Code of medical and sanitary regulations for the guidance of medical officers serving in the Madras Presidency - Volume I
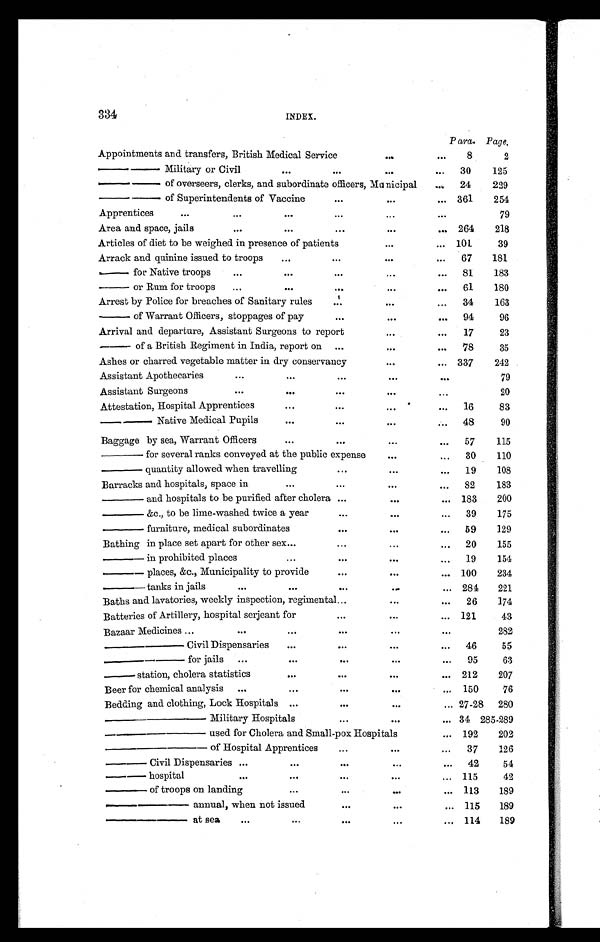
334
INDEX.
Para. Page.
Appointments and transfers, British Medical Service
. . . .
. . . 8
2
—— Military or Civil
...
...
. . .
...
30
125
—–— of overseers, clerks, and subordinate officers, Municipal
...
24
229
—— of Superintendents of Vaccine
...
. . .
... 361
254
Apprentices
. . .
. . .
...
...
...
...
79
Area and space, jails
. . .
...
...
. . .
... 264
218
Articles of diet to be weighed in presence of patients
. . .
... 101
39
Arrack and quinine issued to troops
...
...
. . .
...
67
181
— for Native troops
...
...
...
...
...
81
183
— o r R u m f o r t r o o p s ...
...
...
. . .
. . .
61
180
Arrest by Police for breaches of Sanitary rules
...
. . .
...
34
163
— of Warrant Officers, stoppages of pay
...
. . .
...
94
96
Arrival and departure, Assistant Surgeons to report
. . .
...
17
23
— of a British Regiment in India, report on
...
. . .
. . . 78
35
Ashes or charred vegetable matter in dry conservancy
. . .
... 337
242
Assistant Apothecaries
...
...
...
. . .
. . .
79
Assistant Surgeons
. . .
...
...
. . .
. . .
20
Attestation, Hospital Apprentices
...
...
...
...
16
83
—— Native Medical Pupils
...
...
. . .
. . . 48
90
Baggage by sea, Warrant Officers
...
...
...
...
57
115
—— for several ranks conveyed at the public expense
. . .
...
30
110
— — q u a n t i t y a l l o w e d w h e n t r a v e l l i n g
...
...
...
19
108
Barracks and hospitals, space in
...
...
. . .
...
82
183
—— and hospitals to be purified after cholera ...
. . .
... 183
200
—— &c., to be lime-washed twice a year
...
...
...
39
175
—— furniture, medical subordinates
...
. . .
...
59
129
Bathing in place set apart for other sex...
...
. . .
...
20
155
—— i n p r o h i b i t e d p l a c e s
...
...
. . .
...
19
154
—— places, &c., Municipality to provide
...
. . .
... 100
234
—— tanks in jails
. . .
...
...
...
... 284
221
Baths and lavatories, weekly inspection, regimental...
. . .
...
26
174
Batteries of Artillery, hospital serjeant for
...
. . .
... 121
43
Bazaar Medicines ...
. . .
...
...
. . .
. . .
282
—— Civil Dispensaries
...
...
. . .
...
46
55
—— for jails
. . .
. . .
. . .
. . .
...
95
63
— s t a t i o n , c h o l e r a s t a t i s t i c s
...
...
. . .
... 212
207
Beer for chemical analysis
...
. . .
. . .
...
... 150
76
Bedding and clothing, Lock Hospitals ...
...
. . .
... 27-28
280
— — M i l i t a r y H o s p i t a l s
...
...
... 34 285-289
—— used for Cholera and Small-pox Hospitals
... 192
202
—— of Hospital Apprentice
...
...
...
37
126
— Civil Dispensaries ...
...
. . .
...
...
42
54
— hospital
. . .
. . .
. . .
. . .
...
115
42
— of troops on landing
. . .
. . .
...
... 113
189
—– annual, when not issued
. . .
. . .
... 115
189
—— at sea
...
...
. . .
...
...
114
189